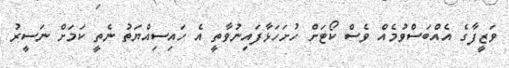
ވަޒީފާގެ އެއްބަސްވުމެއް ވެސް ކޯޓަށް ހުށަހަޅާފައިނުވާތީ އެ ހައިސިއްޔަތު ނެތީ ކަމަށް ނަސީރު